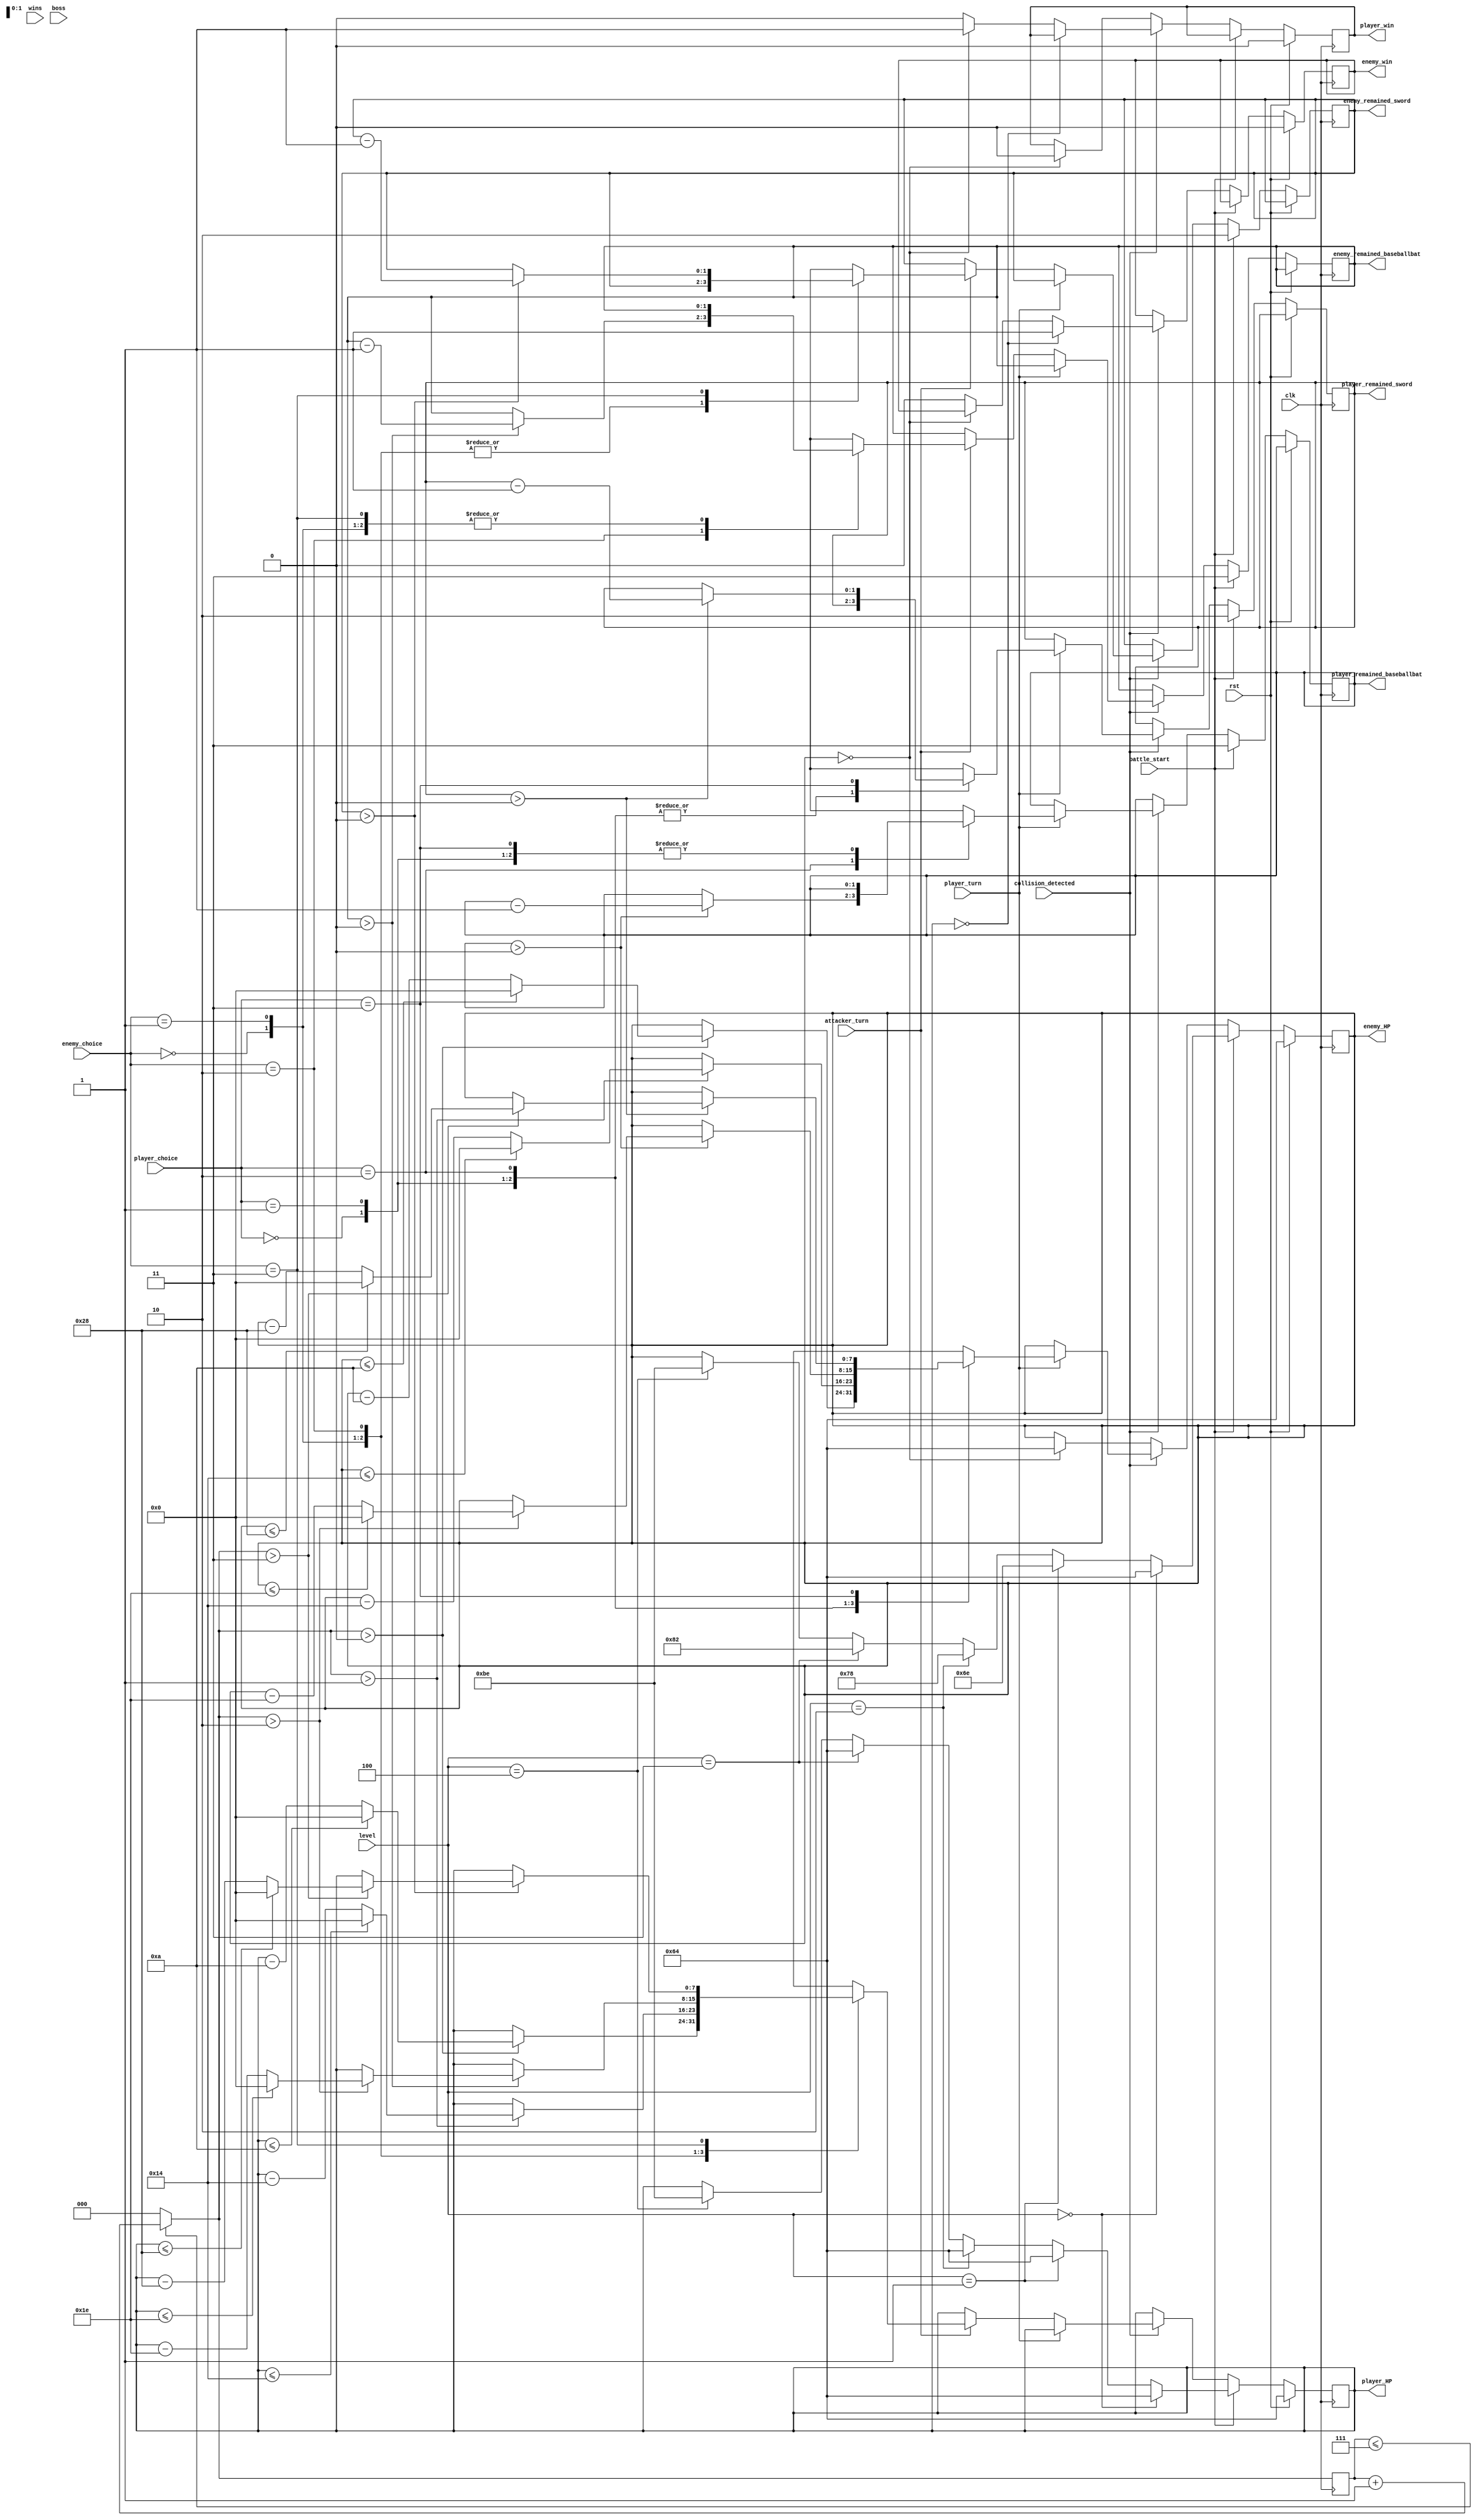
//Engine Accuracy
`timescale 1ns / 1ps
//////////////////////////////////////////////////////////////////////////////////
// Company: 
// Engineer: 
// 
// Design Name: 
// Module Name:    game_engin 
// Project Name: 
// Target Devices: 
// Tool versions: 
// Description: 
//
// Dependencies: 
//
// Revision: 
// Revision 0.01 - File Created
// Additional Comments: 
//
//////////////////////////////////////////////////////////////////////////////////
module engine_accuracy( input clk,
      input rst,
      input [2:0] wins,
       input collision_detected, // to start the battle
       input [1:0] player_choice, // to choose attack type
       input [1:0] enemy_choice,
       input  player_turn,//it's decided based on the input keys 
       input  attacker_turn,
       input boss, // do we have any?
       input [2:0] level,
       input battle_start,//? do we need this, is equal to collision detected
       output reg [7:0] player_HP, //player's health condition to be shown on the monitor
       output reg [7:0] enemy_HP,
       output reg [1:0] player_remained_sword,//punchs and kicks are infinite 
       output reg [1:0] player_remained_baseballbat,//needed to be shown on the screen
       output reg [1:0] enemy_remained_sword,
       output reg [1:0] enemy_remained_baseballbat,
       output reg player_win,
       output reg enemy_win
    );

parameter P=2'b00, K=2'b01, B=2'b10, S=2'b11;
reg [2:0] accuracy;
reg [26:0] counter;
reg control;
///////////////////////////////////////////////////////////////////////////////////////////////////
//////////////////////////////////////////These initial numbers can be changed/////////////////////
///////////////////////////////////////////////////////////////////////////////////////////////////
initial
begin
player_HP = 8'd100;
enemy_HP = 8'd100;
accuracy = 3'd0;
counter = 27'd0;
end

initial
begin 
player_remained_sword = 2'd3;
player_remained_baseballbat = 2'd3;
enemy_remained_sword = 2'd3;
enemy_remained_baseballbat = 2'd3;
end

//Strength levels should have overlap to to prevent the attackers from using different attack types in their power order
always @(posedge clk)
begin
  if (accuracy <= 3'd7)
   accuracy = accuracy + 3'd1;
  else
   accuracy = 3'd0;
 
 if (rst == 1'b1) begin
  enemy_win = 1'b0;
  player_win = 1'b0;
  player_HP = 8'd100;
  enemy_HP = 8'd100;
 end
 else begin
  
  if (battle_start == 1'b1) begin
    if (level == 3'b000) begin
    player_HP = 8'd100;
    enemy_HP = 8'd100;
   end
   else if (level == 3'b001) begin
    player_HP = 8'd100;
    enemy_HP = 8'd110;
   end
   else if (level == 3'b010) begin
    player_HP = 8'd100;
    enemy_HP = 8'd120;
   end
   else if (level == 3'b011) begin
    player_HP = 8'd100;
    enemy_HP = 8'd130;
   end
   else if (level == 3'b100) begin
    player_HP = 8'd190;
    enemy_HP = 8'd190; //Boss HP
   end
    
   player_remained_sword = 2'd2;
   player_remained_baseballbat = 2'd3;
   enemy_remained_sword = 2'd2;
   enemy_remained_baseballbat = 2'd3;
  end
  
  else if(collision_detected == 1'b0) begin
   if(enemy_HP == 0) begin
    player_win = 1'b0;
    enemy_HP = 8'd100;
   end
  end
  else if (collision_detected == 1) begin
    
   if (player_HP == 0)
    enemy_win = 1'b1;
   else if (enemy_HP == 0) begin
//    if(control == 0) begin
     player_win = 1'b1;
//     control = 1'b1;
//    end
//    else begin
//     player_win = 1'b0;
//     control = 1'b0;
//    end
   end
   else begin
    enemy_win = 1'b0;
    player_win = 1'b0;
   end
   
   if (player_turn == 1) begin
   case (player_choice)
   
    P: begin
     if (accuracy > 4'd0) begin
      if (enemy_HP <= 8'd10)
       enemy_HP = 8'd0;
      else
       enemy_HP = enemy_HP - 8'd10;  //10 HP
     end  
    end
    
    K:begin
      if (accuracy > 4'd1) begin
      if (enemy_HP <= 8'd20)
       enemy_HP = 8'd0;
      else
       enemy_HP = enemy_HP - 8'd20; //20 HP  
     end
    end
    
    B:begin
     if (player_remained_baseballbat > 0)
     begin
      if (accuracy > 4'd2) begin
       if (enemy_HP <= 8'd30)
        enemy_HP = 8'd0;
       else
        enemy_HP = enemy_HP - 8'd30; //30 HP
       end
      player_remained_baseballbat = player_remained_baseballbat - 2'd1;
     end
    end
    
    S:begin
     if (player_remained_sword > 0) begin
      if (accuracy > 4'd3) begin
       if (enemy_HP <= 8'd40)
        enemy_HP = 8'd0;
       else
        enemy_HP = enemy_HP - 8'd40; //40 HP  
      end
      player_remained_sword = player_remained_sword - 2'd1;
     end
    end
    endcase
  end
  
  else if (attacker_turn == 1) begin
   
   case (enemy_choice)
   
    P: begin
     if (accuracy > 4'd0) begin
      if (player_HP <= 8'd10)
       player_HP = 8'd0;
      else
       player_HP = player_HP - 8'd10; // 10 HP
      end
     end
    
    K:begin
     if (accuracy > 4'd1) begin
       if (player_HP <= 8'd20)
       player_HP = 8'd0;
      else
       player_HP = player_HP - 8'd20; // 20 HP
      end
     end
    
    B:begin
     if (enemy_remained_baseballbat > 0)
     begin
     if (accuracy > 4'd2) begin
      if (player_HP <= 8'd30)
       player_HP = 8'd0;
      else
       player_HP = player_HP - 8'd30; //30 HP
      end
      enemy_remained_baseballbat = enemy_remained_baseballbat - 2'd1;
     end
    end
    
    S:begin
     if (enemy_remained_sword > 0) begin
      if (accuracy > 4'd3) begin
       if (player_HP <= 8'd40)
        player_HP = 8'd0;
       else
        player_HP = player_HP - 8'd40; //40HP
      end
     enemy_remained_sword = enemy_remained_sword - 2'd1;
     end
    end
   endcase
  end
end 
end
end
///////////////////////////////////////////////////////////////////////////////////////////////////
endmodule